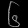
Digit: ၆